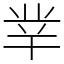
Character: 丵